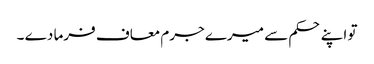
تو اپنے حکم سے میرے جرم معاف فرما دے ۔